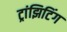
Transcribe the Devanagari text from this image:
ट्रांझिटिंग